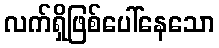
လက်ရှိဖြစ်ပေါ်နေသော